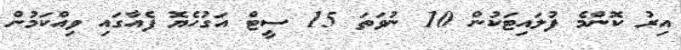
އިރު ކޮންމެ ފުލައިޓަކުން 10 ނުވަތަ 15 ސީޓް އަގުހެޔޮ ފެއާގައި ވިއްކަމުން